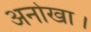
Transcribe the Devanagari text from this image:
अनोखा।